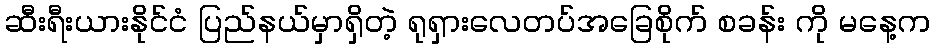
ဆီးရီးယားနိုင်ငံ ပြည်နယ်မှာရှိတဲ့ ရုရှားလေတပ်အခြေစိုက် စခန်း ကို မနေ့က